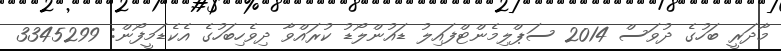
މާދަރީ ބަހުގެ ދުވަސް 2014 ސަޕްލިމެންޓްފައިލު ޑައުންލޯޑު ކުރައްވާ ދިވެހިބަހުގެ އެކެޑަމީފޯން: 3345299